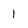
Character: 1